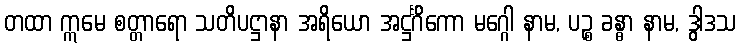
တထာ ဣမေ စတ္တာရော သတိပဋ္ဌာနာ အရိယော အဋ္ဌင်္ဂိကော မဂ္ဂေါ နာမ, ပဉ္စ ခန္ဓာ နာမ, ဒွါဒသ